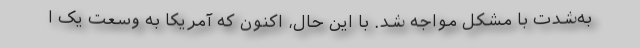
به‌شدت با مشکل مواجه شد. با این حال، اکنون که آمریکا به وسعت یک ا